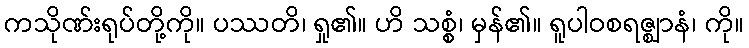
ကသိုဏ်းရုပ်တို့ကို။ ပဿတိ၊ ရှု၏။ ဟိ သစ္စံ၊ မှန်၏။ ရူပါဝစရဇ္ဈာနံ၊ ကို။